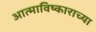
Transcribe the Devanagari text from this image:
आत्माविष्काराच्या